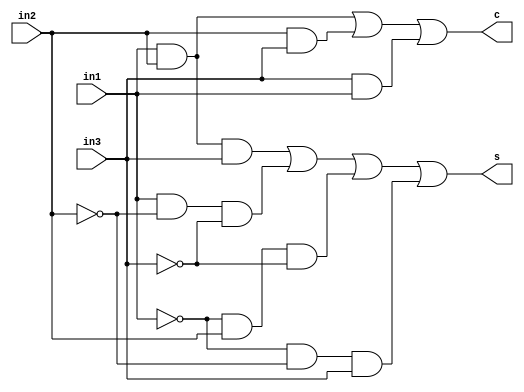
module compressor_3_2(in1, in2, in3, s, c);
  input in1, in2, in3;
  output s,c;
  
  assign c = (in1 & in2) | (in2 & in3) | (in3 & in1); 
  assign s = (in1 & in2 & in3) | (in1 & ~in2 & ~in3) |
                                 (~in1 & in2 & ~in3) |
                                 (~in1 & ~in2 & in3);
  
  
  
endmodule